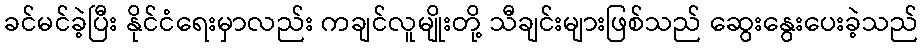
ခင်မင်ခဲ့ပြီး နိုင်ငံရေးမှာလည်း ကချင်လူမျိုးတို့ သီချင်းများဖြစ်သည် ဆွေးနွေးပေးခဲ့သည်